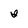
Character: I